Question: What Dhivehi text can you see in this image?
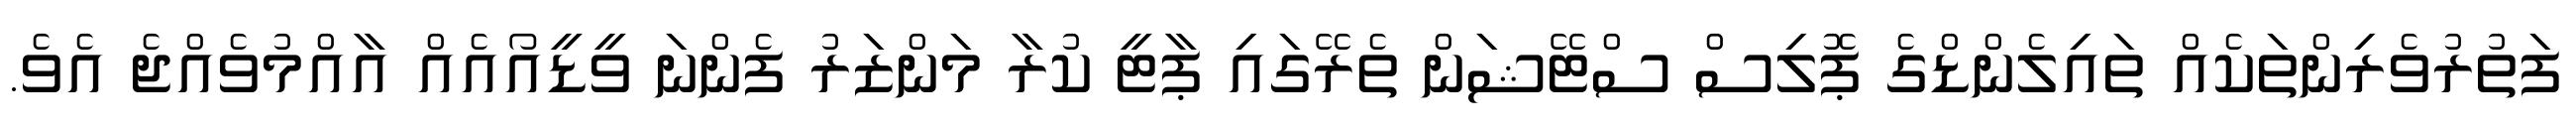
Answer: ފަތުރުވެރިންތަކެއް ތައިލެންޑްގެ ޕޮލިސް ސްޓޭޝަން ތެރޭގައި ޕާޓީ ކުރާ މަންޒަރު ފެންނަ ވީޑީއޯއެއް އާއްމުވެއްޖެ އެވެ.